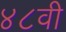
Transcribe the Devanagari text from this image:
४८वी